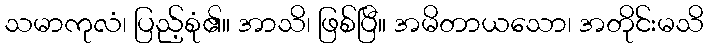
သမာကုလံ၊ ပြည့်စုံ၏။ အာသိ၊ ဖြစ်ပြီ။ အမိတာယသော၊ အတိုင်းမသိ